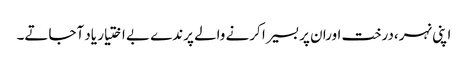
اپنی نہر،درخت اورا ن پر بسیرا کرنے والے پرندے بے اختیار یاد آجاتے۔